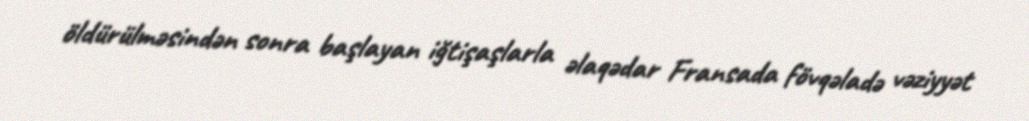
öldürülməsindən sonra başlayan iğtişaşlarla əlaqədar Fransada fövqəladə vəziyyət